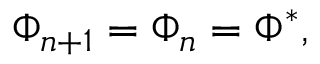
\Phi _ { n + 1 } = \Phi _ { n } = \Phi ^ { * } ,